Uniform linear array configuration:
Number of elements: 24
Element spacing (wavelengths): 1
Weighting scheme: hamming
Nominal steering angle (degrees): -60
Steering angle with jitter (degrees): -59.514
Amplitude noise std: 0.05
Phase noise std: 0.05

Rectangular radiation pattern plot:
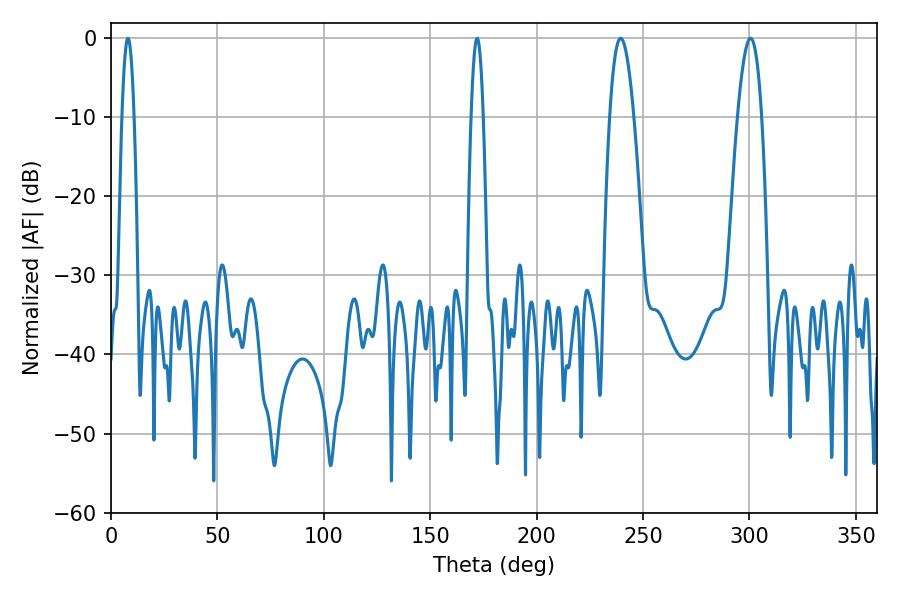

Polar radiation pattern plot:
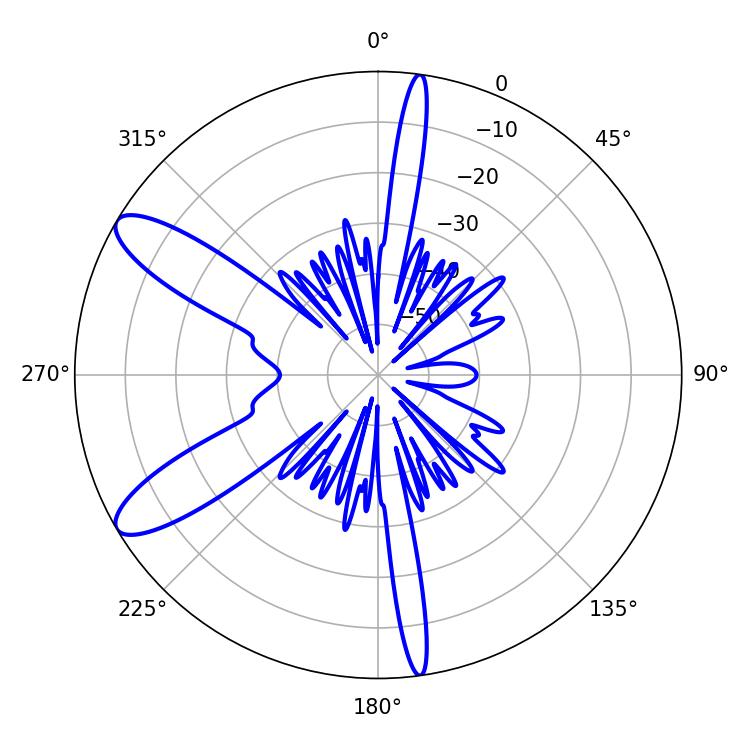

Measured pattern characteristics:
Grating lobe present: TRUE
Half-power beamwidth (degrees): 3.06
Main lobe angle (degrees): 7.92